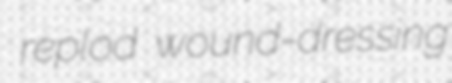
replod wound-dressing